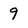
Character: 9